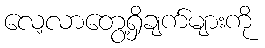
လေ့လာတွေ့ရှိချက်များကို